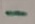
Text: -